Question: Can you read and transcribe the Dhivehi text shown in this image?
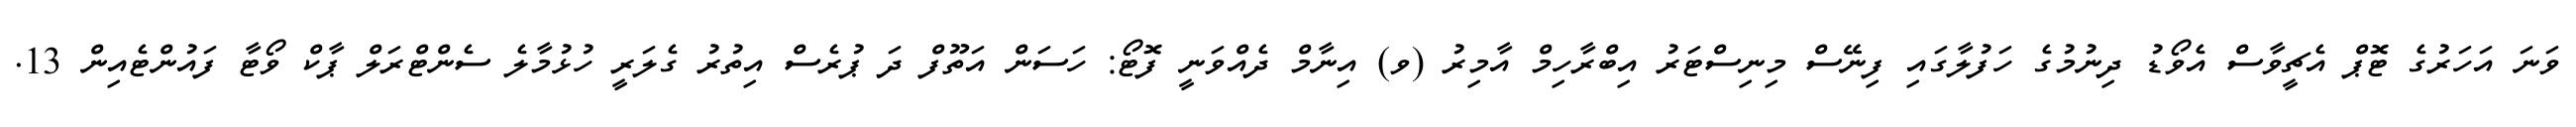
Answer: ވަނަ އަހަރުގެ ޓޮޕް އެޗީވާސް އެވޯޑު ދިނުމުގެ ހަފުލާގައި ފިނޭސް މިނިސްޓަރު އިބްރާހިމް އާމިރު (ވ) އިނާމް ދެއްވަނީ ފޮޓޯ: ހަސަން އަތޫފް ދަ ޕުރެސް އިތުރު ގެލަރީ ހުޅުމާލެ ސެންޓްރަލް ޕާކް ވޯޓާ ފައުންޓެއިން 13.